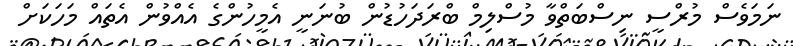
ނަމަވެސް މުރްސީ ނިސްބަތްވާ މުސްލިމް ބްރަދަހުޑުން ބުނަނީ އެމީހުންގެ އެއްވުން އެތައް މަހަކަށް